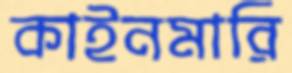
কাইনমারি